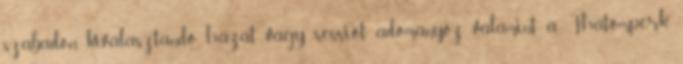
szabadon kiválasztandó házat vagy sessiót adományoz, valamint a Thatomperk